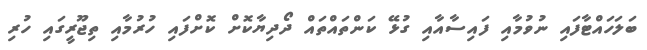
ބަލަހައްޓާފައި ނުވުމާއި ފައިސާއާއި ގުޅޭ ކަންތައްތައް ދޯދިޔާކޮށް ކޮށްފައި ހުރުމާއި ތިޖޫރީގައި ހުރި